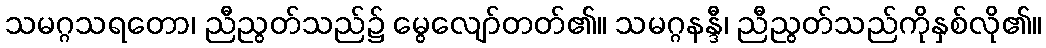
သမဂ္ဂသရတော၊ ညီညွတ်သည်၌ မွေလျော်တတ်၏။ သမဂ္ဂနန္ဒီ၊ ညီညွတ်သည်ကိုနှစ်လို၏။